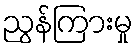
ညွန်ကြားမှု